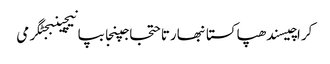
کراچیسندھپاکستانبھارتاحتجاجپنجابپانیچینبجٹگرمی